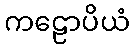
ကဠောပိယံ